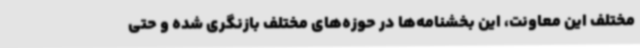
مختلف این معاونت، این بخشنامه‌ها در حوزه‌های مختلف بازنگری شده و حتی